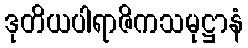
ဒုတိယပါရာဇိကသမုဋ္ဌာနံ